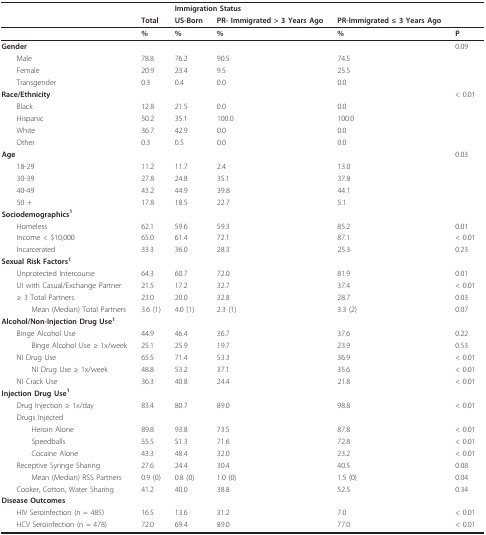
<table><thead><tr><td></td><td></td><td colspan="4"><b>Immigration Status</b></td></tr><tr><td></td><td><b>Total</b></td><td><b>US-Born</b></td><td><b>PR- Immigrated &gt; 3 Years Ago</b></td><td><b>PR-Immigrated ≤ 3 Years Ago</b></td><td></td></tr></thead><tbody><tr><td></td><td><b>%</b></td><td><b>%</b></td><td><b>%</b></td><td><b>%</b></td><td><b>P</b></td></tr><tr><td><b>Gender</b></td><td></td><td></td><td></td><td></td><td>0.09</td></tr><tr><td> Male</td><td>78.8</td><td>76.2</td><td>90.5</td><td>74.5</td><td></td></tr><tr><td> Female</td><td>20.9</td><td>23.4</td><td>9.5</td><td>25.5</td><td></td></tr><tr><td> Transgender</td><td>0.3</td><td>0.4</td><td>0.0</td><td>0.0</td><td></td></tr><tr><td><b>Race/Ethnicity</b></td><td></td><td></td><td></td><td></td><td>&lt; 0.01</td></tr><tr><td> Black</td><td>12.8</td><td>21.5</td><td>0.0</td><td>0.0</td><td></td></tr><tr><td> Hispanic</td><td>50.2</td><td>35.1</td><td>100.0</td><td>100.0</td><td></td></tr><tr><td> White</td><td>36.7</td><td>42.9</td><td>0.0</td><td>0.0</td><td></td></tr><tr><td> Other</td><td>0.3</td><td>0.5</td><td>0.0</td><td>0.0</td><td></td></tr><tr><td><b>Age</b></td><td></td><td></td><td></td><td></td><td>0.03</td></tr><tr><td> 18-29</td><td>11.2</td><td>11.7</td><td>2.4</td><td>13.0</td><td></td></tr><tr><td> 30-39</td><td>27.8</td><td>24.8</td><td>35.1</td><td>37.8</td><td></td></tr><tr><td> 40-49</td><td>43.2</td><td>44.9</td><td>39.8</td><td>44.1</td><td></td></tr><tr><td> 50 +</td><td>17.8</td><td>18.5</td><td>22.7</td><td>5.1</td><td></td></tr><tr><td><b>Sociodemographics</b><sup><b>1</b></sup></td><td></td><td></td><td></td><td></td><td></td></tr><tr><td> Homeless</td><td>62.1</td><td>59.6</td><td>59.3</td><td>85.2</td><td>0.01</td></tr><tr><td> Income &lt; $10,000</td><td>65.0</td><td>61.4</td><td>72.1</td><td>87.1</td><td>&lt; 0.01</td></tr><tr><td> Incarcerated</td><td>33.3</td><td>36.0</td><td>28.3</td><td>25.3</td><td>0.23</td></tr><tr><td><b>Sexual Risk Factors</b><sup><b>1</b></sup></td><td></td><td></td><td></td><td></td><td></td></tr><tr><td> Unprotected Intercourse</td><td>64.3</td><td>60.7</td><td>72.0</td><td>81.9</td><td>0.01</td></tr><tr><td> UI with Casual/Exchange Partner</td><td>21.5</td><td>17.2</td><td>32.7</td><td>37.4</td><td>&lt; 0.01</td></tr><tr><td> ≥ 3 Total Partners</td><td>23.0</td><td>20.0</td><td>32.8</td><td>28.7</td><td>0.03</td></tr><tr><td>Mean (Median) Total Partners</td><td>3.6 (1)</td><td>4.0 (1)</td><td>2.3 (1)</td><td>3.3 (2)</td><td>0.07</td></tr><tr><td><b>Alcohol/Non-Injection Drug Use</b><sup><b>1</b></sup></td><td></td><td></td><td></td><td></td><td></td></tr><tr><td> Binge Alcohol Use</td><td>44.9</td><td>46.4</td><td>36.7</td><td>37.6</td><td>0.22</td></tr><tr><td>Binge Alcohol Use ≥ 1x/week</td><td>25.1</td><td>25.9</td><td>19.7</td><td>23.9</td><td>0.53</td></tr><tr><td> NI Drug Use</td><td>65.5</td><td>71.4</td><td>53.3</td><td>36.9</td><td>&lt; 0.01</td></tr><tr><td>NI Drug Use ≥ 1x/week</td><td>48.8</td><td>53.2</td><td>37.1</td><td>35.6</td><td>&lt; 0.01</td></tr><tr><td> NI Crack Use</td><td>36.3</td><td>40.8</td><td>24.4</td><td>21.8</td><td>&lt; 0.01</td></tr><tr><td><b>Injection Drug Use</b><sup><b>1</b></sup></td><td></td><td></td><td></td><td></td><td></td></tr><tr><td> Drug Injection ≥ 1x/day</td><td>83.4</td><td>80.7</td><td>89.0</td><td>98.8</td><td>&lt; 0.01</td></tr><tr><td> Drugs Injected</td><td></td><td></td><td></td><td></td><td></td></tr><tr><td>Heroin Alone</td><td>89.8</td><td>93.8</td><td>73.5</td><td>87.8</td><td>&lt; 0.01</td></tr><tr><td>Speedballs</td><td>55.5</td><td>51.3</td><td>71.6</td><td>72.8</td><td>&lt; 0.01</td></tr><tr><td>Cocaine Alone</td><td>43.3</td><td>48.4</td><td>32.0</td><td>23.2</td><td>&lt; 0.01</td></tr><tr><td> Receptive Syringe Sharing</td><td>27.6</td><td>24.4</td><td>30.4</td><td>40.5</td><td>0.08</td></tr><tr><td>Mean (Median) RSS Partners</td><td>0.9 (0)</td><td>0.8 (0)</td><td>1.0 (0)</td><td>1.5 (0)</td><td>0.04</td></tr><tr><td> Cooker, Cotton, Water Sharing</td><td>41.2</td><td>40.0</td><td>38.8</td><td>52.5</td><td>0.34</td></tr><tr><td><b>Disease Outcomes</b></td><td></td><td></td><td></td><td></td><td></td></tr><tr><td> HIV Seroinfection (n = 485)</td><td>16.5</td><td>13.6</td><td>31.2</td><td>7.0</td><td>&lt; 0.01</td></tr><tr><td> HCV Seroinfection (n = 478)</td><td>72.0</td><td>69.4</td><td>89.0</td><td>77.0</td><td>&lt; 0.01</td></tr></tbody></table>